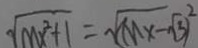
\sqrt { m x ^ { 2 } + 1 } = \sqrt { M x - \sqrt { 3 } } ) ^ { 2 }